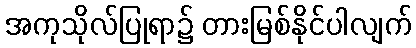
အကုသိုလ်ပြုရာ၌ တားမြစ်နိုင်ပါလျက်